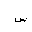
Letter: _sin